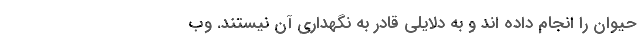
حیوان را انجام داده اند و به دلایلی قادر به نگهداری آن نیستند. وب